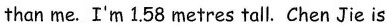
than me.I'm 1.58 metres tall. Chen Jie is